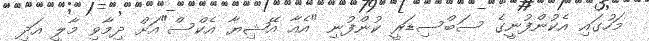
މަހުގައި އެކުންފުނީގެ ސަބްސިޑަރީ ކުންފުނި "އެއާ އޭޝިޔާ އެކްސް"އަށް ދިމާވި މާލީ އަދި